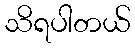
သိရပါတယ်